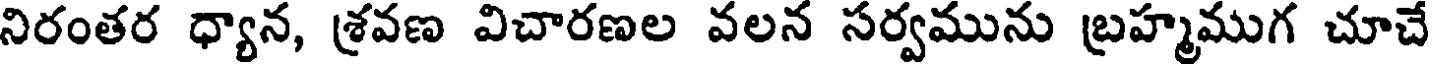
నిరంతర ధ్యాన, శ్రవణ విచారణల వలన సర్వమును బ్రహ్మముగ చూచే